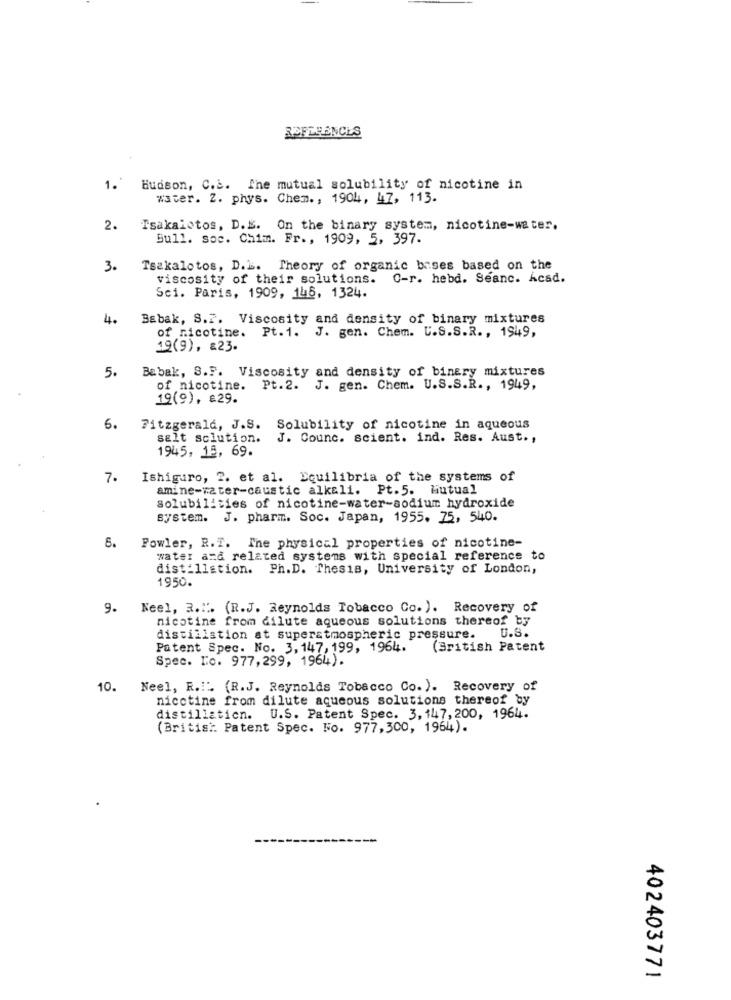
REFERENCES
1."
Hudson, C.S. The mutual solubility of nicotine in
water. Z. phys. Chem ., 1904, 47, 113.
2.
Tsakalotos, D.E. On the binary system, nicotine-water.
Bull. soc. Chim. Fr ., 1909, 5, 397.
3.
Tsakalotos, D.L. Theory of organic bases based on the
viscosity of their solutions.
C-r. hebd. Seanc. Acad.
Sci. Paris, 1909, 146, 1324.
4.
Babak, S.F. Viscosity and density of binary mixtures
of nicotine.
Pt.1. J. gen. Chem. U.S.S.R ., 1949,
19(9), £23.
Babak, S.F. Viscosity and density of binery mixtures
5.
of nicotine. Pt. 2. J. gen. Chem. U.S.S.R ., 1949,
19(9), £29.
6.
Fitzgerald, J.S. Solubility of nicotine in aqueous
salt solution.
J. Counc. scient. ind. Res. Aust .,
1945, 15, 69.
7.
Ishiguro, 2. et al. Equilibria of the systems of
amine-vater-caustic alkali. Pt.5. Mutual
solubilities of nicotine-water-sodium hydroxide
system.
J. pharm. Soc. Japan, 1955. 75, 540.
6.
Fowler, R.T. The physical properties of nicotine-
water and related systems with special reference to
distillation. Ph.D. Thesis, University of London,
1950.
9. Neel, 3.". (R.J. Reynolds Tobacco Co. ). Recovery of
nicotine from dilute aqueous solutions thereof by
distillation at superatmospheric pressure.
U.S.
Patent Spec. No. 3, 147, 199, 1964.
(British Patent
Spec. Io. 977,299, 1964).
10.
Neel, R.I. (R.J. Reynolds Tobacco Co.). Recovery of
nicotine from dilute aqueous solutions thereof by
distillaticn. U.S. Patent Spec. 3, 147, 200, 1964.
(British. Patent Spec. No. 977,300, 1964).
402403771